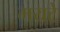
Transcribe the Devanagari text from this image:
मयटे